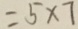
= 5 \times 7